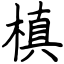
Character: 槙